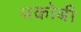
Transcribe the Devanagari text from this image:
मकोबी